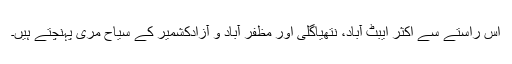
اس راستے سے اکثر ایبٹ آباد، نتھیاگلی اور مظفر آباد و آزادکشمیر کے سیاح مری پہنچتے ہیں۔